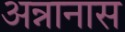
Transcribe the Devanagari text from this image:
अन्नानास